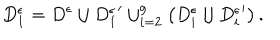
D _ { 1 } ^ { \epsilon } = D ^ { \epsilon } \cup { D _ { 1 } ^ { \epsilon } } ^ { \prime } \cup _ { i = 2 } ^ { g } \left( D _ { i } ^ { \epsilon } \cup { D _ { i } ^ { \epsilon } } ^ { \prime } \right) .